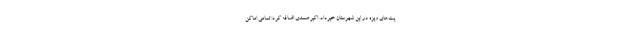
یت‌های ویژه در این شهرستان خبرداد. اکبر صمدی اضافه کرد: تمامی اماکن